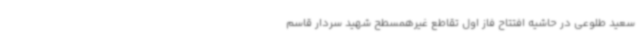
سعید طلوعی در حاشیه افتتاح فاز اول تقاطع غیرهمسطح شهید سردار قاسم